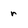
Character: r